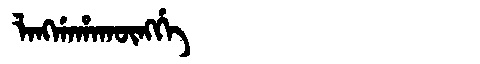
Manchu: ᠯᠠᠩᡤᠠᡥᠠᡴᡡᠩᡤᡝ
Romanization: LANGGAHAKŪNGGE